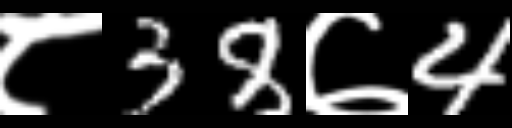
Text: ८38७4